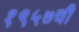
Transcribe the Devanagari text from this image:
१९५७ची